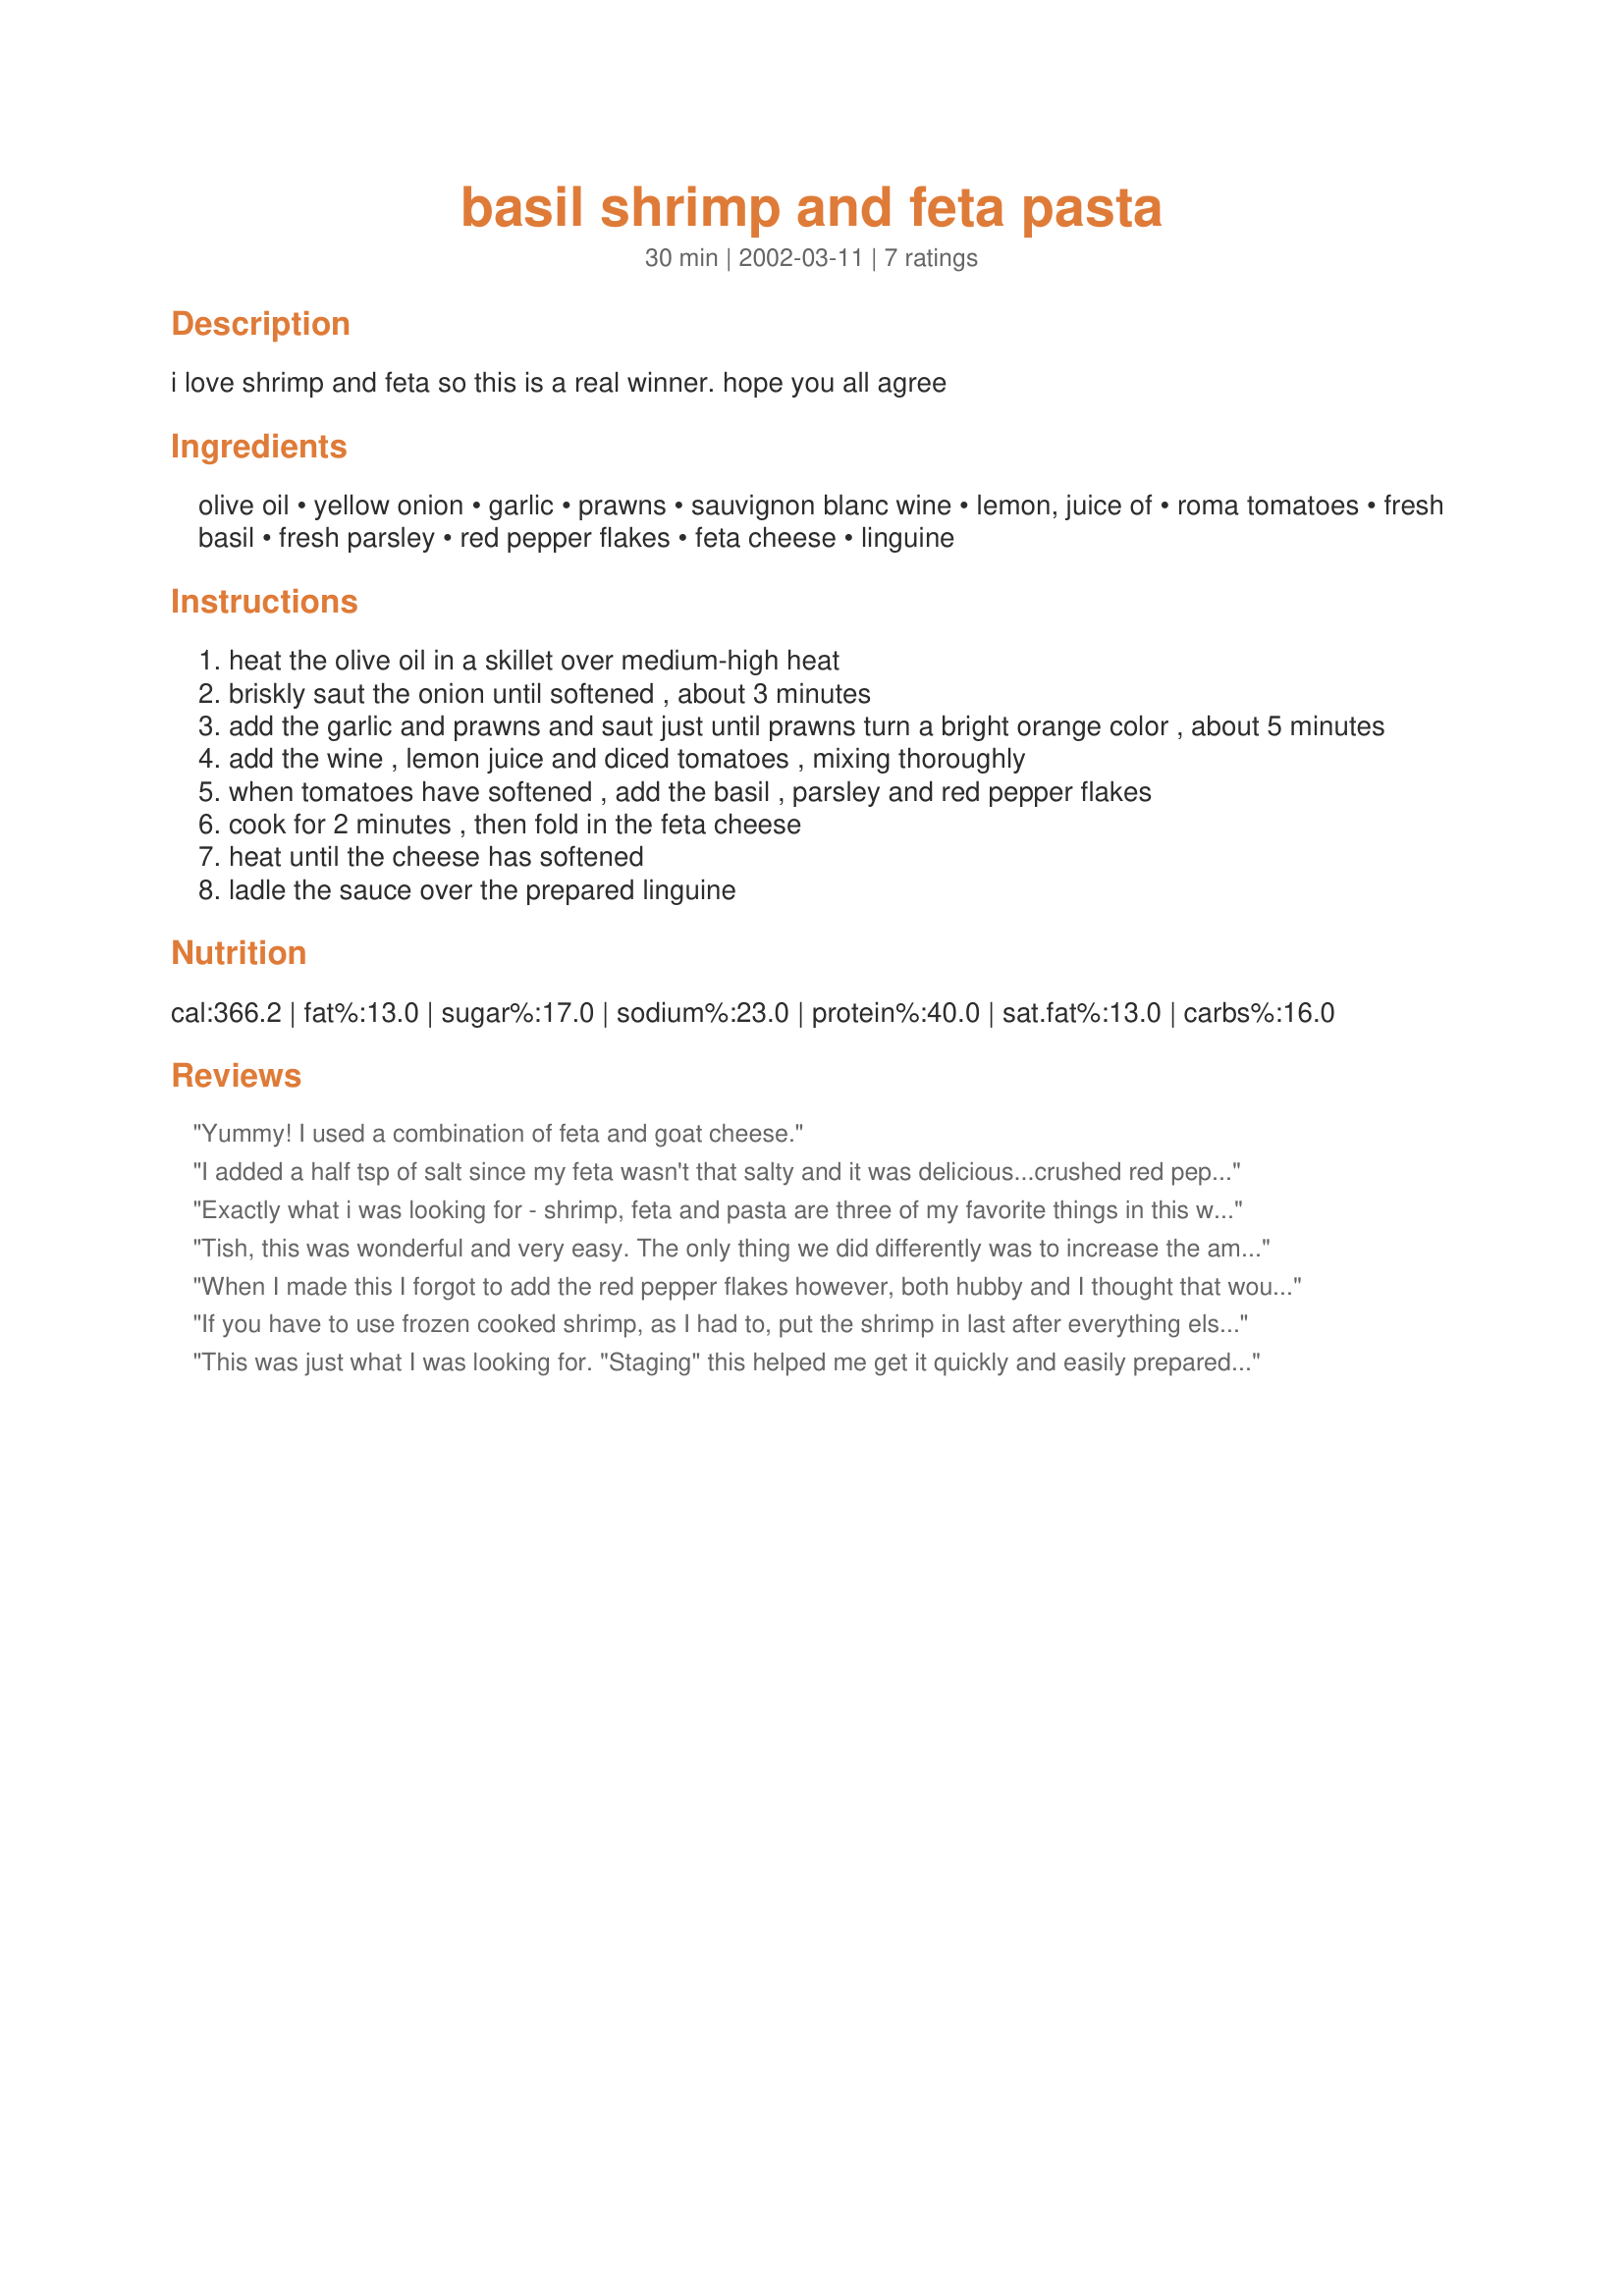
basil shrimp and feta pasta
Preparation time: 30 minutes

i love shrimp and feta so this is a real winner. hope you all agree

Ingredients:
olive oil, yellow onion, garlic, prawns, sauvignon blanc wine, lemon, juice of, roma tomatoes, fresh basil, fresh parsley, red pepper flakes, feta cheese, linguine

Steps:
heat the olive oil in a skillet over medium-high heat
briskly saut the onion until softened , about 3 minutes
add the garlic and prawns and saut just until prawns turn a bright orange color , about 5 minutes
add the wine , lemon juice and diced tomatoes , mixing thoroughly
when tomatoes have softened , add the basil , parsley and red pepper flakes
cook for 2 minutes , then fold in the feta cheese
heat until the cheese has softened
ladle the sauce over the prepared linguine

Reviews:
Yummy! I used a combination of feta and goat cheese.
I added a half tsp of salt since my feta wasn't that salty and it was delicious...crushed red pepper being crucial, I think, as well. I meant to make this 5 stars...sorry about that!
Exactly what i was looking for - shrimp, feta and pasta are three of my favorite things in this world. The extra feta for seasoning is necessary. I'll definitely cook this one again!
Tish, this was wonderful and very easy. The only thing we did differently was to increase the amount of red pepper flakes since we like things 'nuclear' at our house. Thanks very much for posting!
When I made this I forgot to add the red pepper flakes however, both hubby and I thought that wouldn't have made enough of a difference to make this a keeper recipe. Both of us found it rather tasteless and bland. I was actually quite liberal with the fresh basil too and still, there seemed to be no taste. I doubt I'll make this one again.
If you have to use frozen cooked shrimp, as I had to, put the shrimp in last after everything else is cooked and just warm it up. I served it over shell pasta because you can get so much more sauce per bite when you eat it with a spoon. Also, if you can't get Romas, canned stewed tomatoes are just fine.
This was just what I was looking for. "Staging" this helped me get it quickly and easily prepared. I used large pre-cooked shrimp so added them to my pan right before adding feta. I also added another pinch of red pepper flakes for our taste preference. Outstanding recipe, quickly prepared and to the table for dinner!
